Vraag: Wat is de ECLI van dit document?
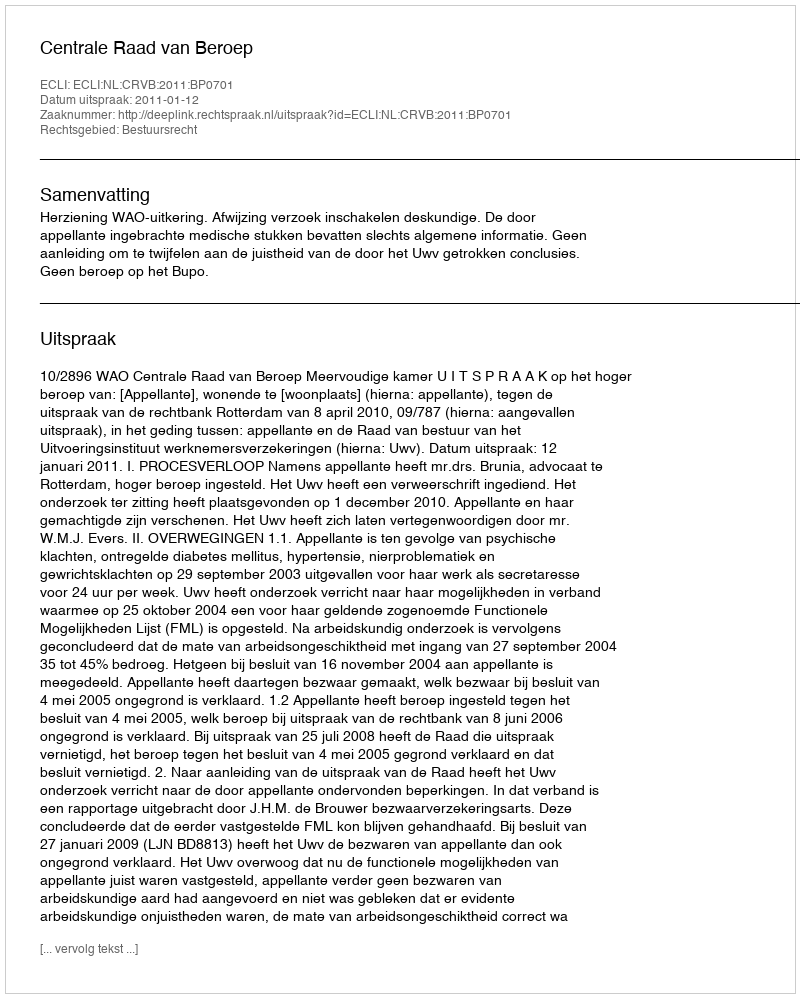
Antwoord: ECLI:NL:CRVB:2011:BP0701